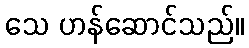
သေ ဟန်ဆောင်သည်။